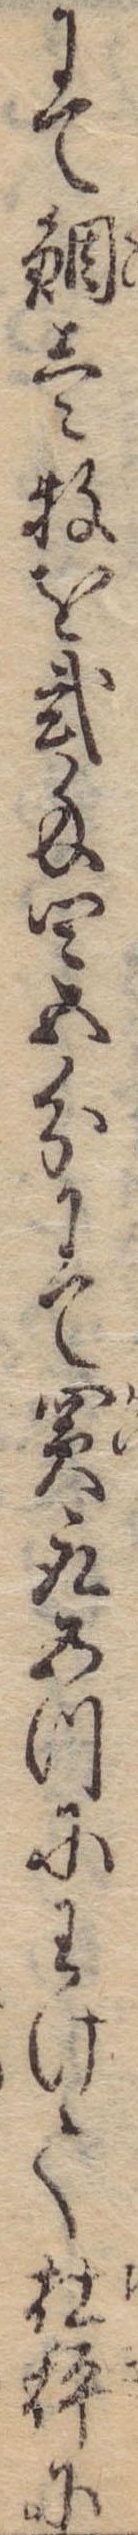
にて鯛壱牧を弐匁四五分にて買取五つにわけて杠秤に